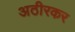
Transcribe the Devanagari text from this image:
अठीरकर